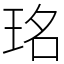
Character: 𤥁